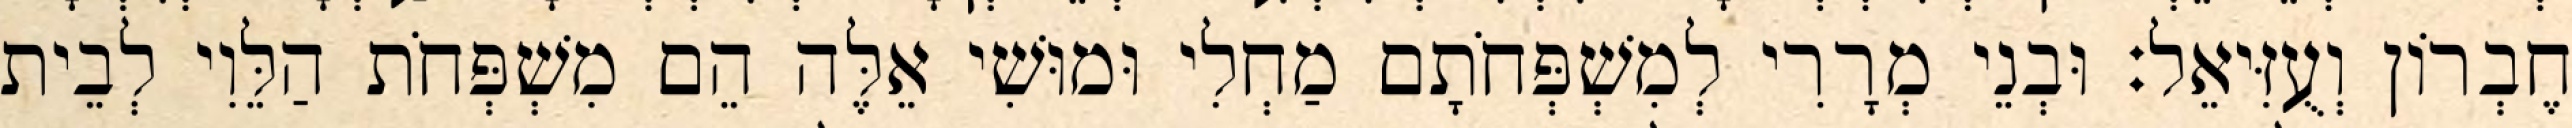
חֶבְרוֹן וְעֻזִּיאֵל׃ וּבְנֵי מְרָרִי לְמִשְׁפְּחֹתָם מַחְלִי וּמוּשִׁי אֵלֶּה הֵם מִשְׁפְּחֹת הַלֵּוִי לְבֵית